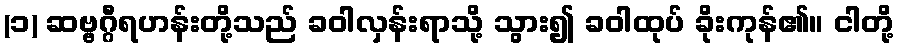
(၁) ဆဗ္ဗဂ္ဂီရဟန်းတို့သည် ခဝါလှန်းရာသို့ သွား၍ ခဝါထုပ် ခိုးကုန်၏။ ငါတို့